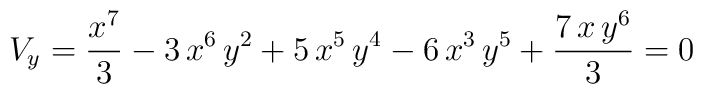
V_y = {{{x^7}}\over 3} - 3\,{x^6}\,{y^2} + 5\,{x^5}\,{y^4}   - 6\,{x^3}\,{y^5} + {{7\,x\,{y^6}}\over 3} = 0